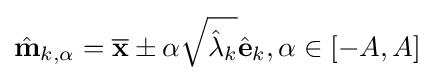
{\hat {\mathbf {m} }}_{k,\alpha }={\overline {\mathbf {x} }}\pm \alpha {\sqrt {{\hat {\lambda }}_{k}}}{\hat {\mathbf {e} }}_{k},\alpha \in [-A,A]